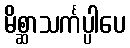
မိစ္ဆာသင်္ကပ္ပါပေ